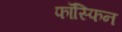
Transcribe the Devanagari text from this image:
फॉस्फिन